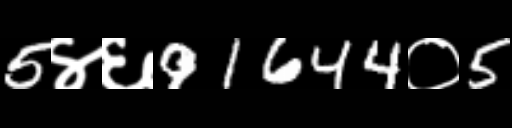
Text: 5४६91644०5